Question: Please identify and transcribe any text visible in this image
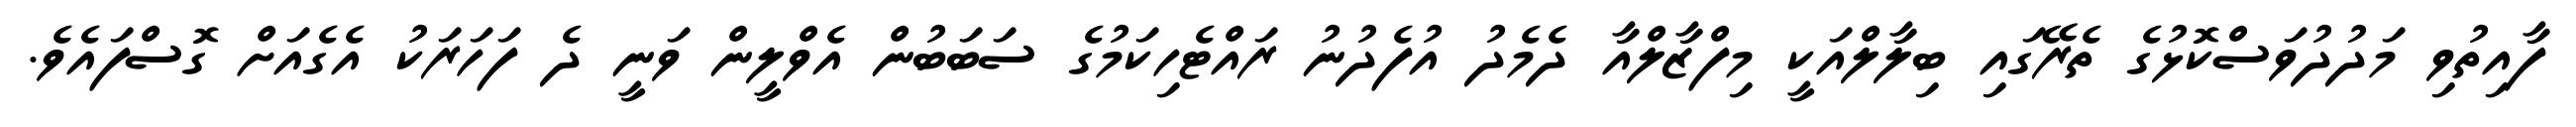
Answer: ފާއިތުވި މަދުދުވަސްކޮޅުގެ ތެރޭގައި ބިލާލްއަކީ މިފްޒާލްއާ ދެމެދު އުފެދުނު ރައްޓެހިކަމުގެ ސަބަބުން އެވްލީން ވަނީ ދެ ފަހަރަކު އެގެއަށް ގޮސްފައެވެ.